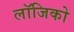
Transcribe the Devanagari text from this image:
लॉजिको